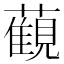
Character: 𧁪